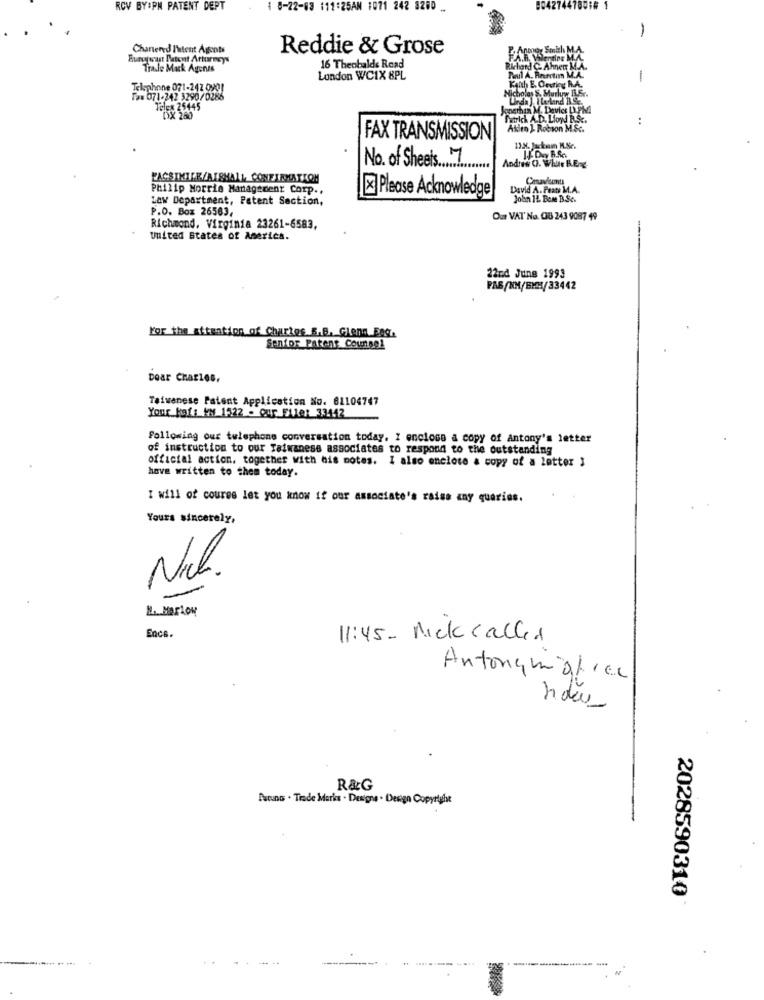
RCV BY:PM PATENT DEPT
0-22-03 111:25AM 1071 242 8250 ..
904274478016
-
Chansen-d Intent Agents
Reddie & Grose
Bunuwast Patent Arturmeys
Trale Mack Agones
16 Theobalds Road
London WCIX 8PL
Paul A. Bearctim M.A.
Telephone 071-242 0901
Micholas & Murluw 1.5 ..
Kanth E. Cesrieg R.A.
Fax 071-242 3290/0286
Telex 25445
Jonathan M. Device LAPM.
Patrick A.D. Lion R.S.
.4
Allen L Robson MSG.
FAX TRANSMISSION
No. of Sheets 7
Andres O. While B.E.g.
FACSIMILE/ALEHALL, CONFIRMATION
Cenav/umts
Philip Morris Management Corp .,
Please Acknowledge
David A. Feats M.A.
Law Department, Patent Saction,
John 11. Bone B.Sc.
P.O. Box 26563,
Ou VAT' No. 08 243 9087 49
Richmond, Virginia 23261-6583,
United States of America.
22nd June 1993
PAB/KM/BMH/33442
For the attention of Charles 5.B. Glenn Eag.
Senfor Patent Counnel
Dear Charles,
Taiwanese Patent Application No. 61104747
Your kaf: KM 1522 - Qur File: 33412
Following our tulephone conversation today, I enclose a copy of Antony's letter
of instruction to our Taiwanese associates to respond to the outstanding
official action, together with his notes. I also enclote & copy of a letter 3
have written to them today.
I will of coures let you know if our associate's raise any queries.
Yours sincerely,
-
-
Encs.
11:45- Nick called
Antonymofrec
R&G
Buruns . Trade Marks . Designs . Design Copyright
2028590310
..